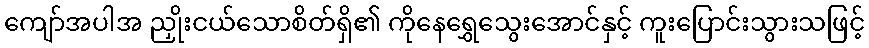
ကျော်အပါအ ညှိုးငယ်သောစိတ်ရှိ၏ ကိုနေရွှေသွေးအောင်နှင့် ကူးပြောင်းသွားသဖြင့်